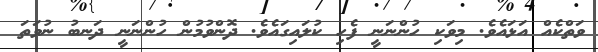
ވަތްކެއް އަޅައެވެ. މިވަކި ހުންނަނީ ފެހި ކުލައިގައެވެ. ދޮންވުމުން ހުންނަނީ ދަނބު ނުވަތަ